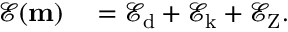
\begin{array} { r l } { \mathcal { E } ( \mathbf { m } ) } & { { } = \mathcal { E } _ { \mathrm { d } } + \mathcal { E } _ { \mathrm { k } } + \mathcal { E } _ { \mathrm { Z } } . } \end{array}